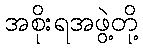
အစိုးရအဖွဲ့တို့